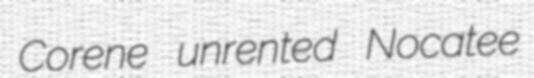
Corene unrented Nocatee